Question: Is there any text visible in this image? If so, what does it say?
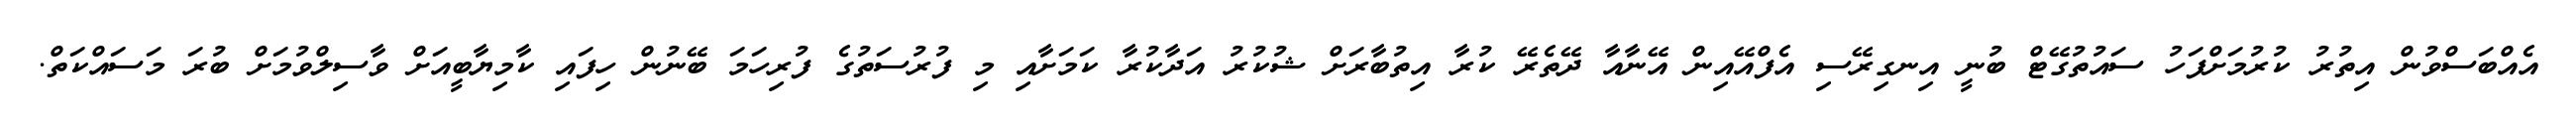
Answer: އެއްބަސްވުން އިތުރު ކުރުމަށްފަހު ސައުތުގޭޓް ބުނީ އިނގިރޭސި އެފްއޭއިން އޭނާއާ ދޭތެރޭ ކުރާ އިތުބާރަށް ޝުކުރު އަދާކުރާ ކަމަށާއި މި ފުރުސަތުގެ ފުރިހަމަ ބޭނުން ހިފައި ކާމިޔާބީއަށް ވާސިލްވުމަށް ބުރަ މަސައްކަތް.